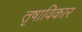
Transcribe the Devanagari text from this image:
तृषाविकार